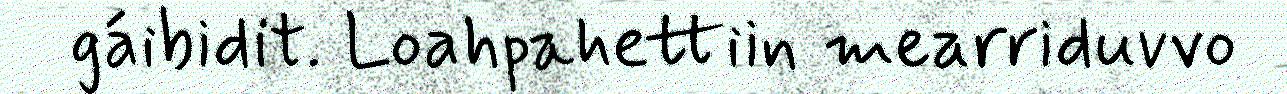
gáibidit. Loahpahettiin mearriduvvo